Report of the Indian Hemp Drugs Commission, 1894-1895 - Volume V
Year: 1894
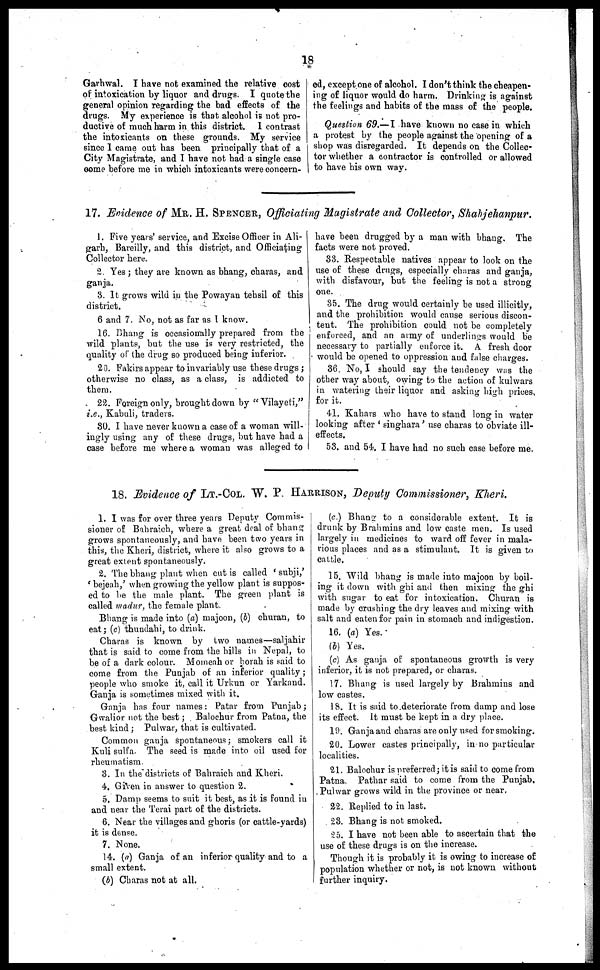
18
Garhwal. I have not examined the relative cost
of intoxication by liquor and drugs. I quote the
general opinion regarding the bad effects of the
drugs. My experience is that alcohol ii not pro-
ductive of much harm in this district. I contrast
the intoxicants on these grounds. My service
since I came out has been principally that of a
City Magistrate, and I have not. had a single case
come before me in which intoxicants were concern-
ed, except one of alcohol. I don't think the cheapen-
ing of liquor would do harm. Drinking is against
the feelings and habits of the mass of the people.
Question 69.—I have known no case in which
a protest by the people against the opening of a
shop was disregarded. It depends on the Collec-
tor whether a contractor is controlled or allowed
to have his own way.
17. Evidence of MR. H. SPENCER, Officiating
1. Five years' service, and Excise Officer in Ali-
garh, Bareilly, and this district, and Officiating
Collector here.
2. Yes; they are known as bhang, charas, and
ganja.
3. It grows wild in the Powayan tehsil of this
district.
6 and 7. No, not as far as I know.
16. Bhang is occasionally prepared from the
wild plants, but the use is very restricted, the
quality of the drug so produced being inferior.
20. Fakirs appear to invariably use these drugs;
otherwise no class, as a class, is addicted to
them.
22. Foreign only, brought down by "Vilayeti,"
i.e., Kabuli, traders.
80. I have never known a case of a woman will-
ingly using any of these drugs, but have had a
case before me where a woman was alleged to
Magistrate and Collector, Shahjehanpur.
have been drugged by a man with bhang. The
facte were not proved.
33. Respectable natives appear to look on the
use of these drugs, especially charas and ganja,
with disfavour, but the feeling is not a strong
one.
35. The drug would certainly be used illicitly,
and the prohibition would cause serious discon-
tent. The prohibition could not be completely
enforced, and an army of underlings would be
necessary to partially enforce it. A fresh door
would be opened to oppression and false charges.
3G. No, I should say the tendency was the
other way about, owing to the action of kulwars
in watering their liquor and asking high prices,
for it.
41. Kahars who have to stand long in water
looking after 'singhara' use charas to obviate ill-
effects.
53. and 54. I have had no such case before me.
18. Evidence of LT.-COL. W. P. HARRISON, Deputy Commissioner, Kheri.
1. I was for over three years Deputy Commis-
sioner of Bahraich, where a great deal of bhang
grows spontaneously, and have been two years in
this, the Kheri, district, where it also grows to a
great extent spontaneously.
2. The bhang plant when cut is called 'subji,'
'hejeah,' when growing the yellow plant is suppos-
ed to be the male plant. The green plant is
called madur, the female plant.
Bhang is made into (a) majoon, (b) churan, to
eat; (c) thundahi, to drink.
Charas is known by two names-saljahir
that is said to come from the hills in Nepal, to
be of a dark colour. Momcah or borah is said to
come from the Punjab of an inferior quality;
people who smoke it, call it Urkun or Yarkand.
Ganja is sometimes mixed with it.
Ganja has four names: Patar from Punjab;
Gwalior not the best; Balochur from Patna, the
best kind; Pulwar, that is cultivated.
Common ganja spontaneous; smokers call it
Kuli sulfa. The seed is made into oil used for
rheumatism.
3. In the districts of Bahraich and Kheri.
4. Given in answer to question 2.
5. Damn seems to suit it best, as it is found in
and near the Terai part of the districts.
6. Near the villages and ghoris (or cattle-yards)
it is dense.
7. None.
14. (a) Ganja of an inferior quality and to a
small extent.
(b) Charas not at all.
(c.) Bhang to a considerable extent. It is
drunk by Brahmins and low caste men. Is used
largely in medicines to ward off fever in mala-
rious places and as a stimulant. It is given to
cattle.
15. Wild bhang is made into majoon by boil-
! ing it down with gin and then mixing the ghi
with sugar to eat for intoxication. Churan is
made by crushing the dry leaves and mixing with
salt and eaten for pain in stomach and indigestion.
16. (a) Yes.
(b)
Yes.
(c As ganja of spontaneous growth is very
inferior, it is not prepared, or charas.
17. Bhang is used largely by Brahmins and
low castes.
18. It is said to deteriorate from damp and lose
its effect. it must be kept in a dry place.
19. Ganja and charas are only used for smoking.
20. Lower castes principally, in no particular
localities.
21. Balochur is preferred; it is said to come from
Patna. Pathar said to come from the Punjab.
Pulwar grows wild in the province or near.
22. Replied to in last.
23. Bhang is not smoked.
25. I have not been able to ascertain that the
use of these drugs is on the increase.
Though it is probably it is owing to increase of
population whether or not, is not known without
further inquiry.